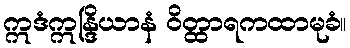
ဣဒံဣန္ဒြိယာနံ ဝိတ္ထာရကထာမုခံ။